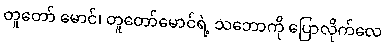
တူတော် မောင်၊ တူတော်မောင်ရဲ့ သဘောကို ပြောလိုက်လေ